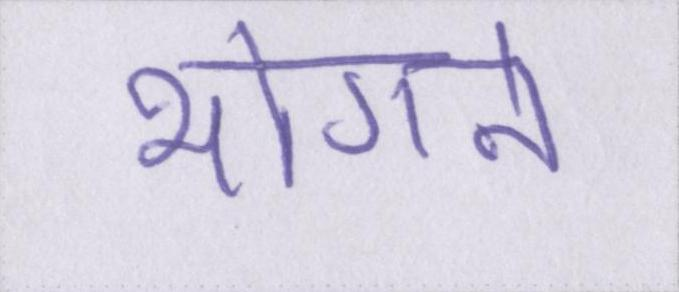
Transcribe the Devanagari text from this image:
भोगने